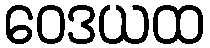
ဝေဒယထ